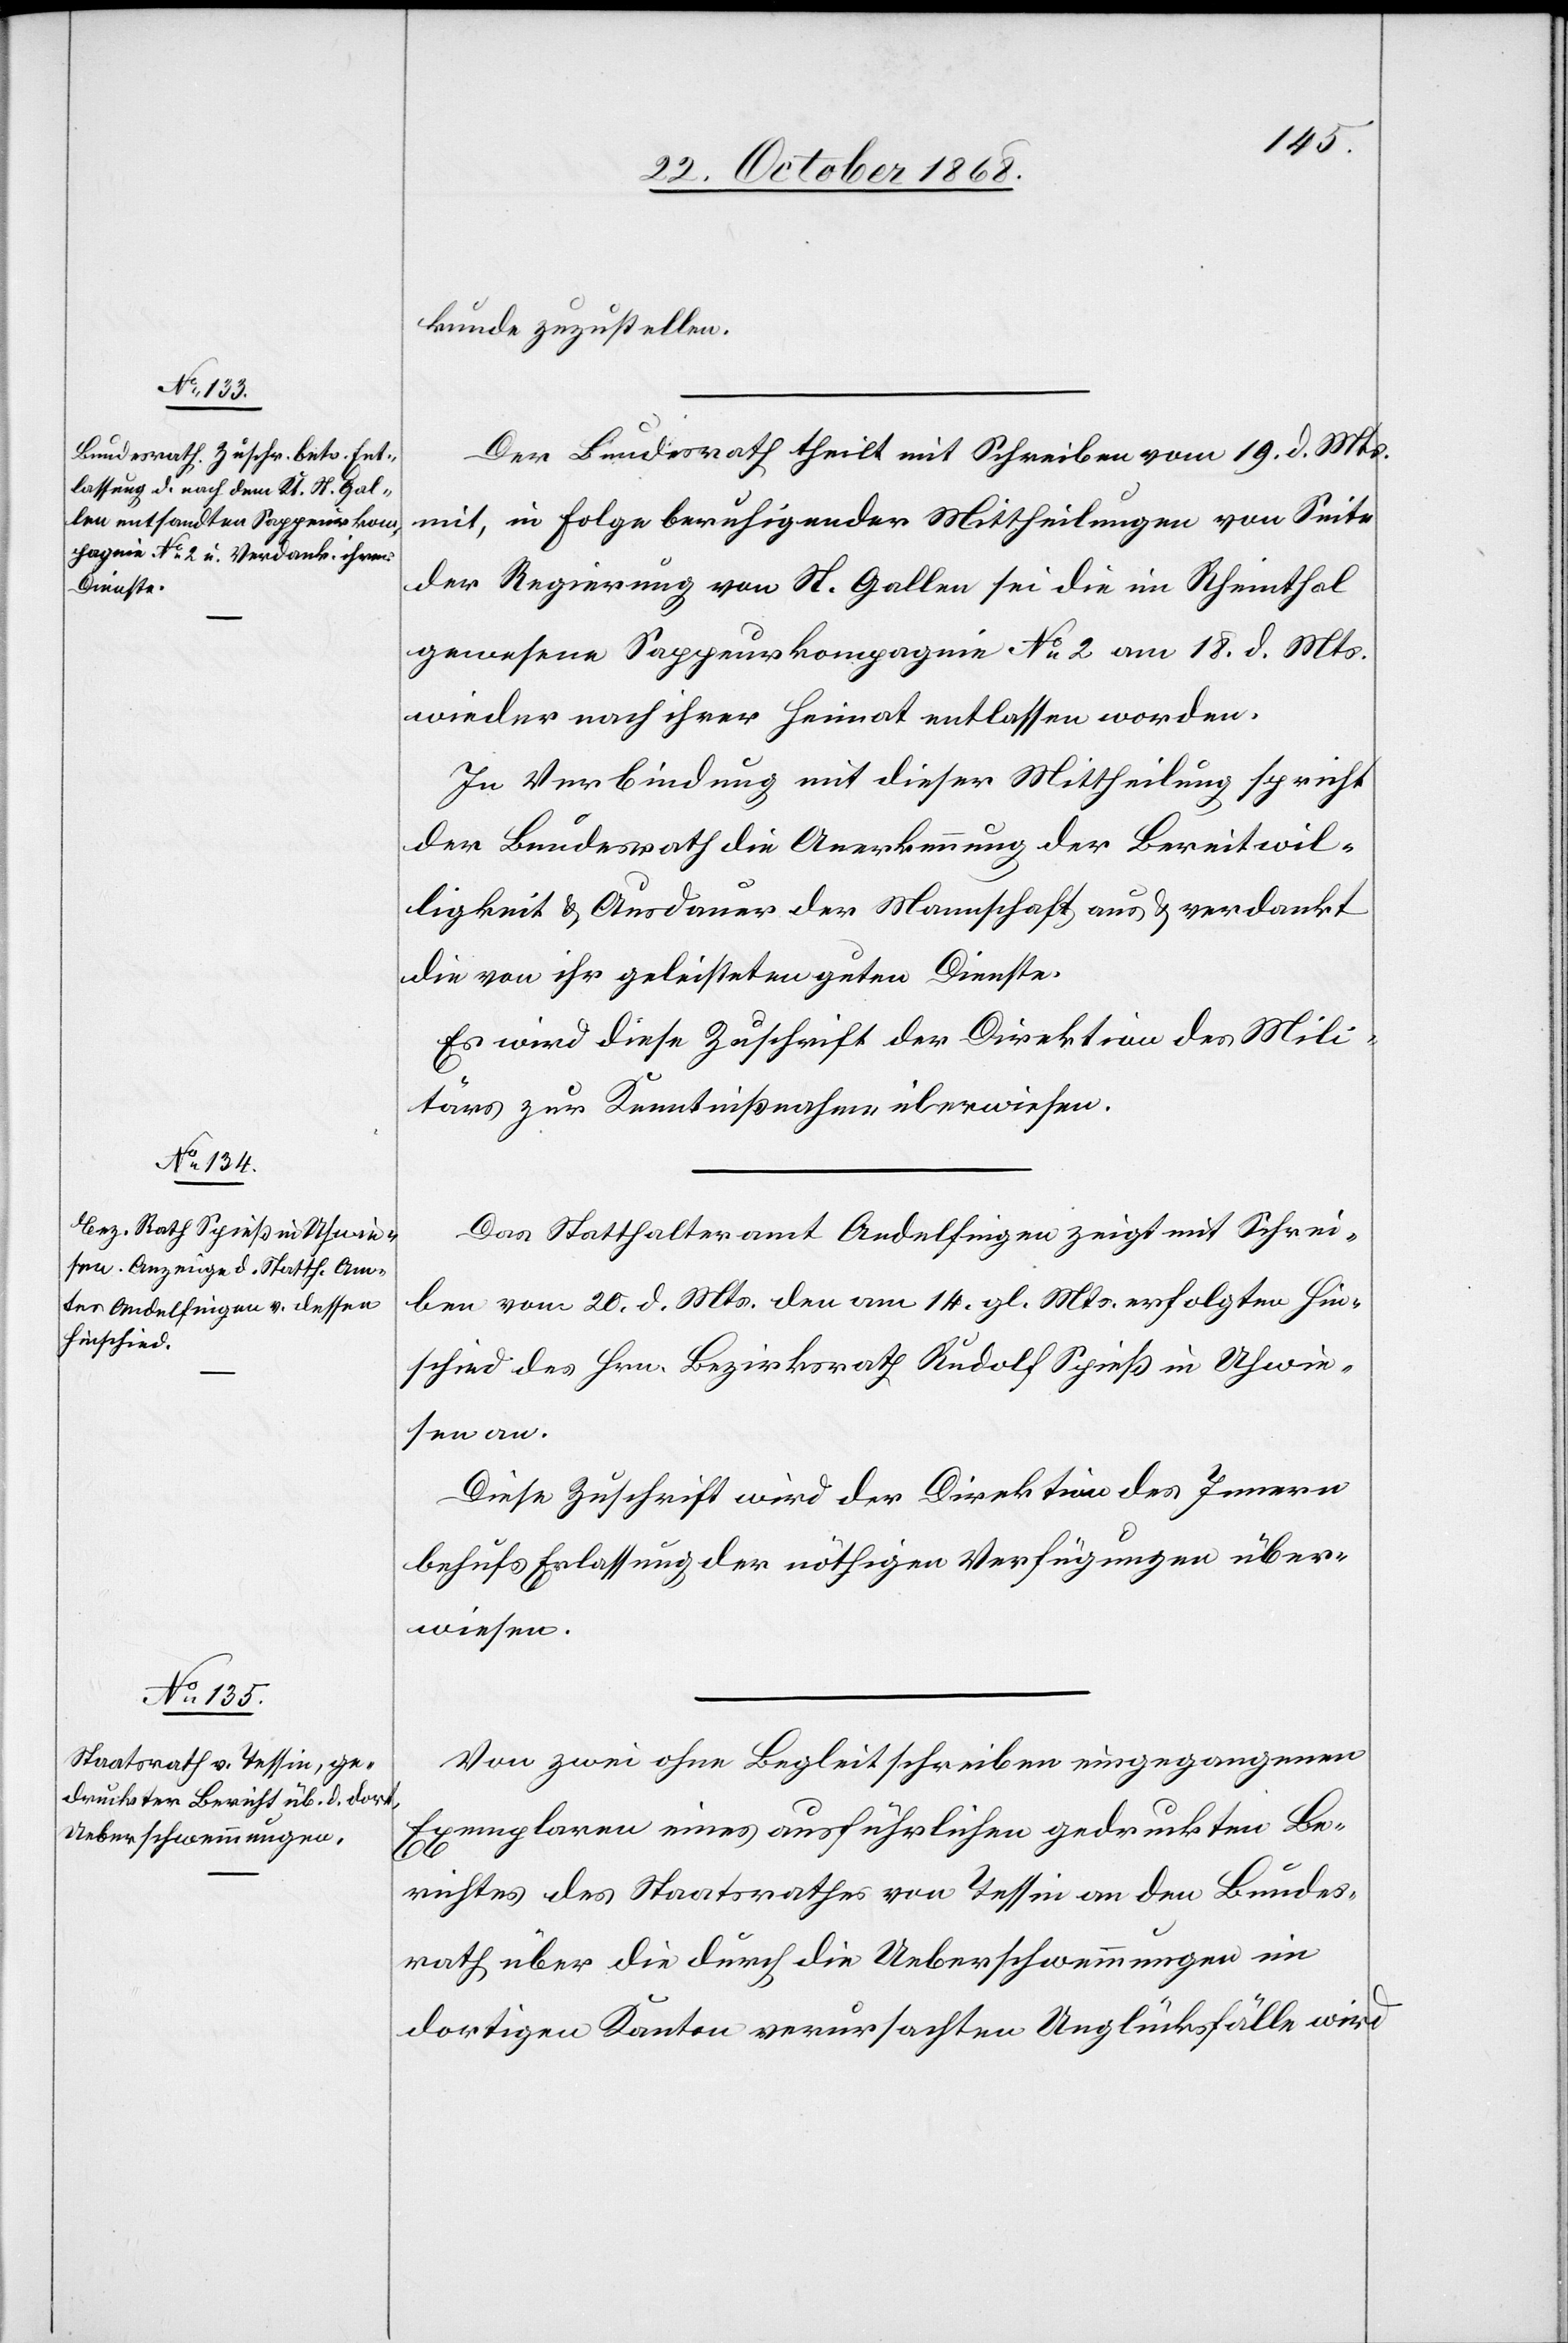
kunde zuzustellen.
Der Bundesrath theilt mit Schreiben vom 19. d. Mts.
mit, in Folge beruhigender Mittheilungen von Seite
der Regierung von St. Gallen sei die im Rheinthal
gewesene Sappeurkompagnie No 2 am 18. d. Mts.
wieder nach ihrer Heimat entlassen worden.
In Verbindung mit dieser Mittheilung spricht
der Bundesrath die Anerkennung der Bereitwil¬
ligkeit & Ausdauer der Mannschaft aus & verdankt
die von ihr geleisteten guten Dienste.
Es wird diese Zuschrift der Direktion des Mili¬
tärs zur Kenntnißnahme überwiesen.
Das Statthalteramt Andelfingen zeigt mit Schrei¬
ben vom 20. d. Mts. den am 14. gl. Mts. erfolgten Hin¬
schied des Hrn. Bezirksrath Rudolf Spieß in Uhwie¬
sen an.
Diese Zuschrift wird der Direktion des Innern
behufs Erlassung der nöthigen Verfügungen über¬
wiesen.
Von zwei ohne Begleitschreiben eingegangenen
Exemplaren eines ausführlichen gedruckten Be¬
richtes des Staatsrathes von Tessin an den Bundes¬
rath über die durch die Ueberschwemmungen im
dortigen Kanton verursachten Unglücksfälle wird